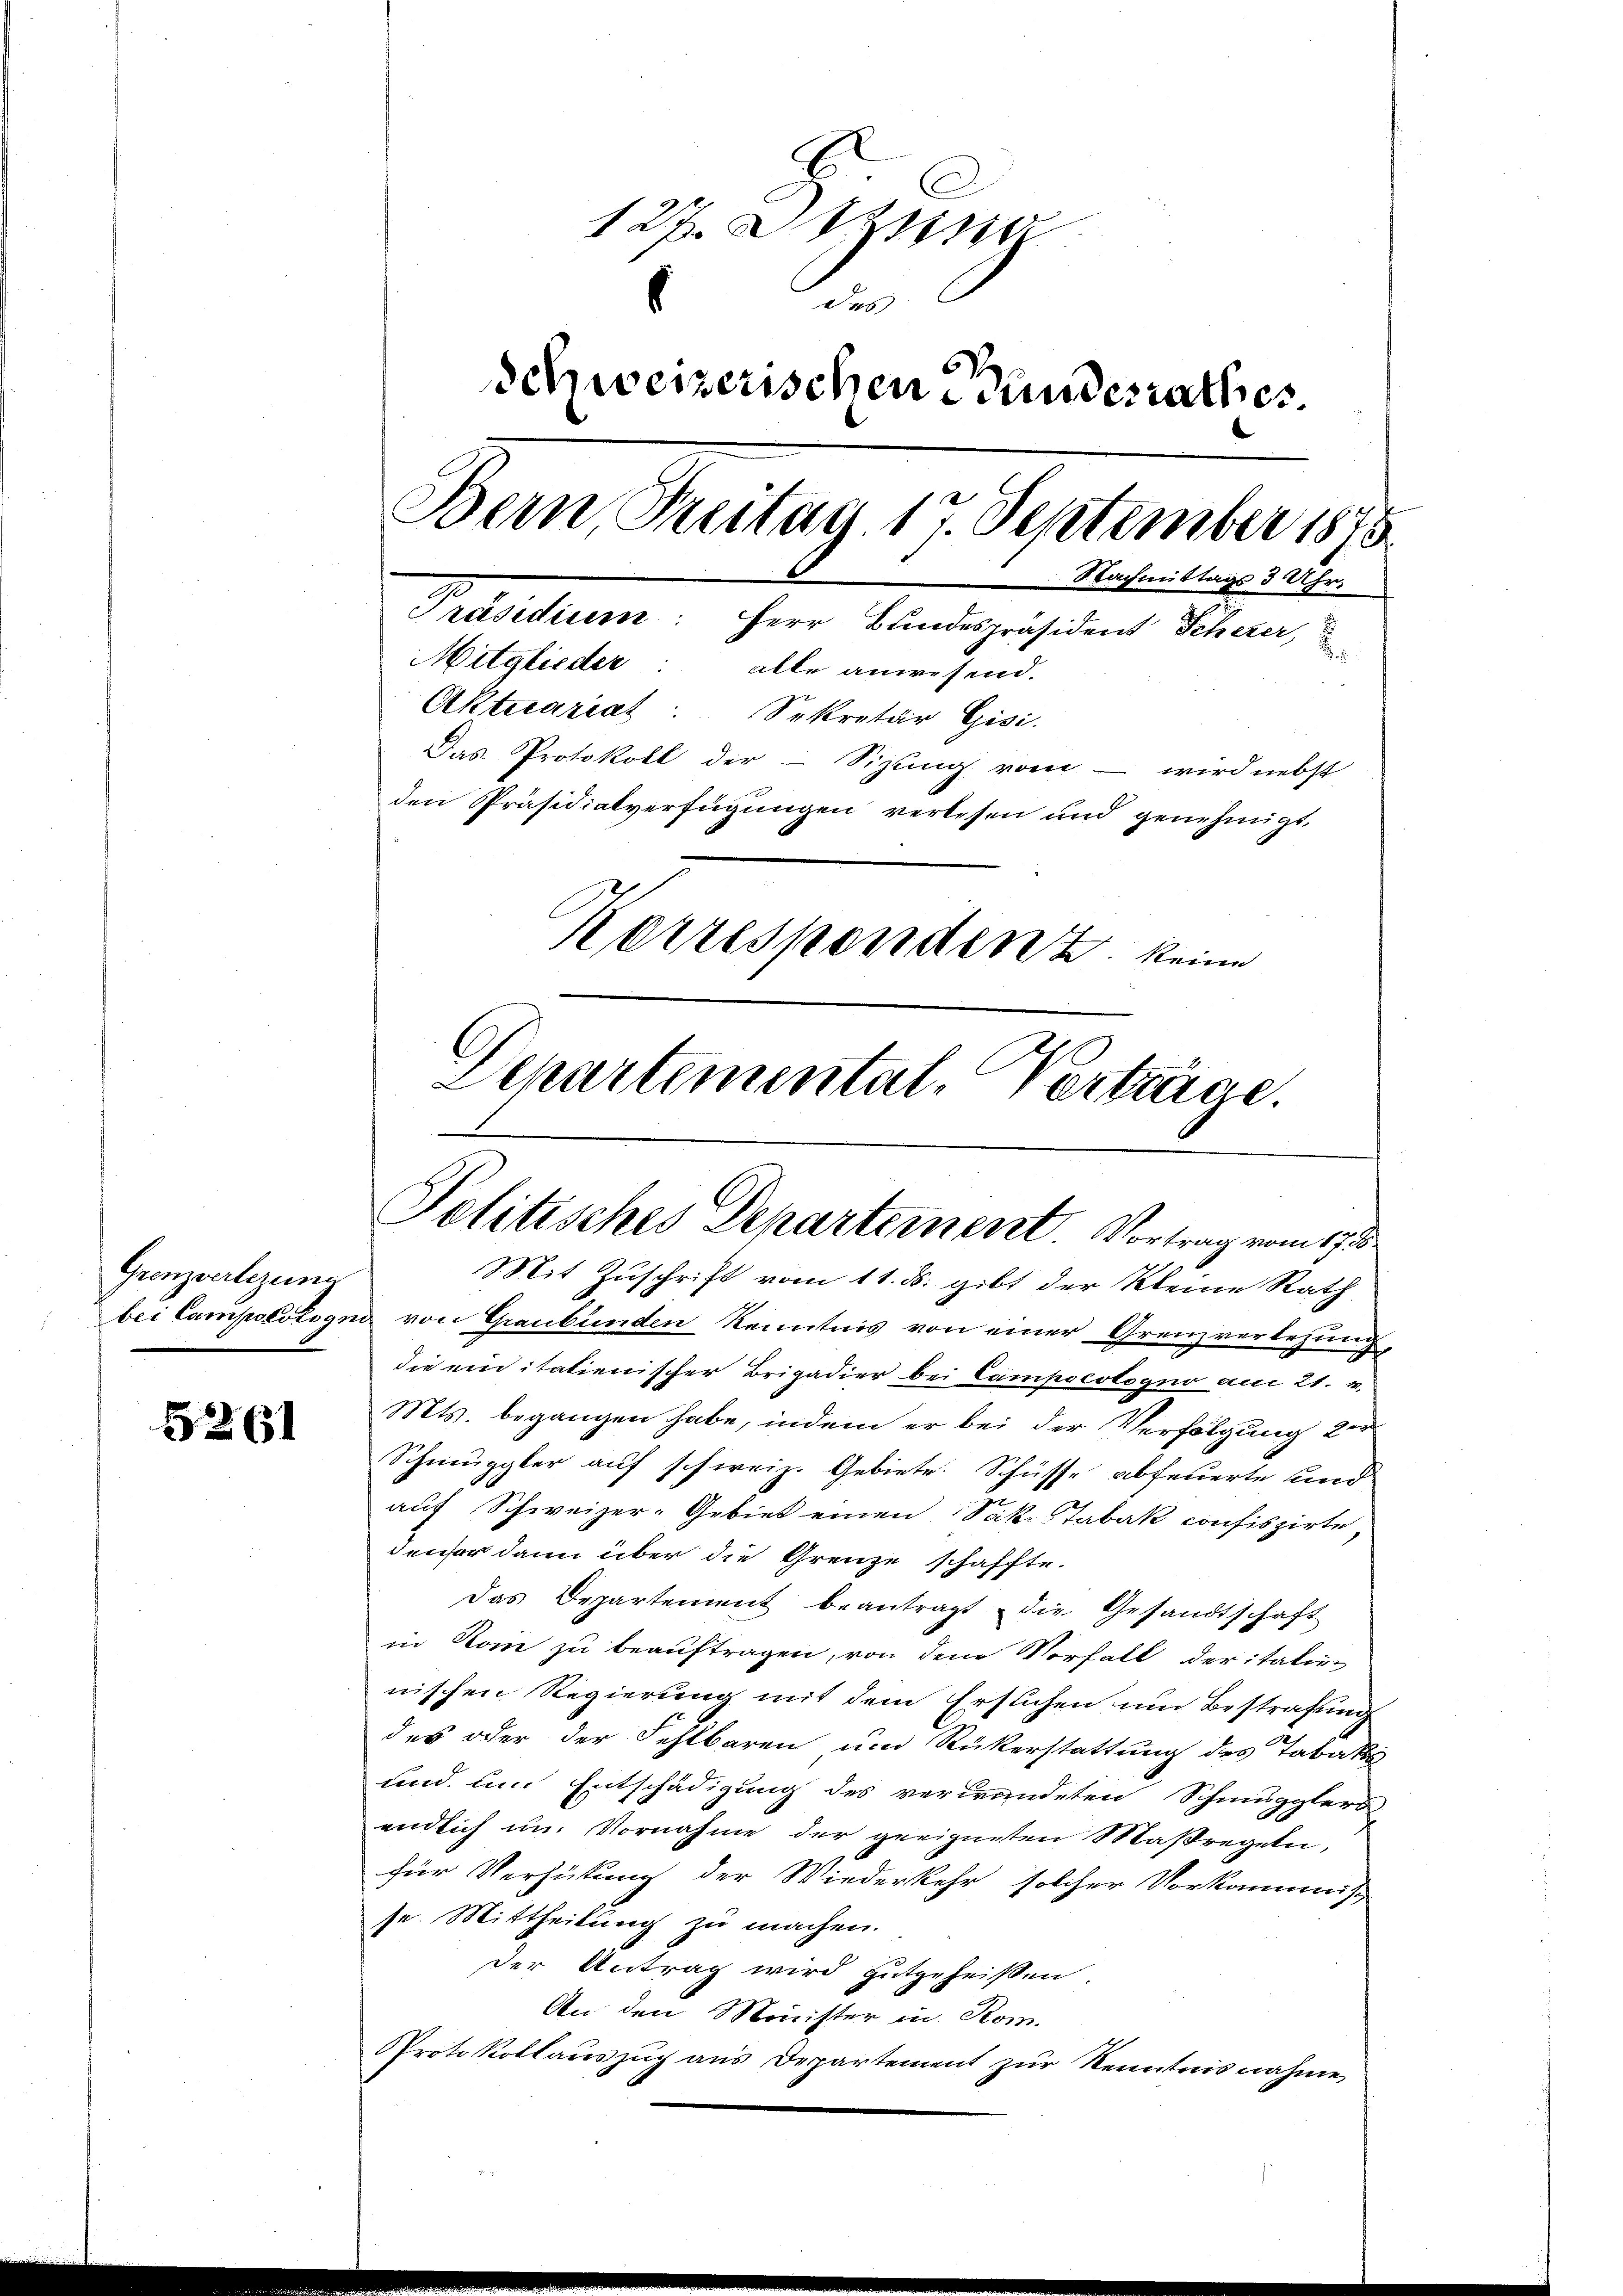
Grenzverlegung

26

127. Stun
des
Schweizerischen Bandesrathes.
Bern Freitag. 17. September 1875
 Nachmittags 3 Uhr
Präsidium: Herr Bundespräsident Scherer,
Mitglieder: alle anwesend.
Aktuariat Sekretär Gisi-
Das Protokoll der - Sizung vom - wird nebst
den Präsidialverfügungen verlesen und genehmigt,
Kerresponden keine
Departemental-Verträge.

Politisches Departement. Vortrag vom 17. 8.

Mit Zuschrift vom 11. ds. gibt der Kleine Rath
bei Campolstogno von Graubünden Kenntnis von einer Grenzverlesung,
die einitatienischer Brigadier bei Campocotogno am 21. v.
Mts. begangen habe, indem er bei der Verfolgung der
Schmuggler auf schweiz. Gebiete. Schüsse abfeuerte und
auf Schweizer-Gebiet einen Sak. Tabak confiszirte,
denor dann über die Grenze schaffte.
Das Departement beantragt die Gesandtschaft
in Rom zu beauftragen, von dem Vorfall der itali-
nischen Regierung mit dem Ersuchen und Bestrafung
des oder der Fehlbaren um Rückerstattung des Tabaks
und um Entschädigung des verwundeten Schmugglers
endlich um Vornahme der geeigneten Maßregeln,
für Verhütung der Wiederkehr solcher Vorkommiss
se Mittheilung zu machen.
der Antrag wird gutgeheißen.
An den Minister in Rom.
Protokollauszug aus Departement zur Kenntnisnahme